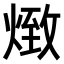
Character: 𤋖